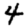
Digit: 4